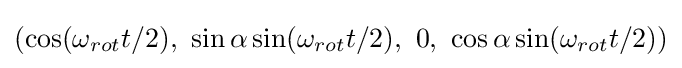
\left(\cos(\omega _{rot}t/2),\ \sin \alpha \sin(\omega _{rot}t/2),\ 0,\ \cos \alpha \sin(\omega _{rot}t/2)\right)